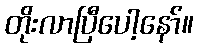
တိုးလာပြီပေါ့နော်။